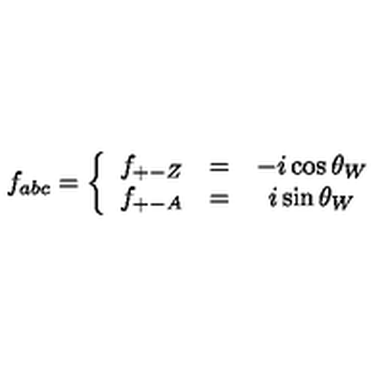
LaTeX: { f } _ { a b c } = \left\{ \begin{array} { c c c } { { f } _ { + - Z } } & { = } & { - i \cos \theta _ { W } } \\ { { f } _ { + - A } } & { = } & { i \sin \theta _ { W } } \\ \end{array} \right.